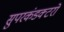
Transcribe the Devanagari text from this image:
सुपरकंडक्टरों